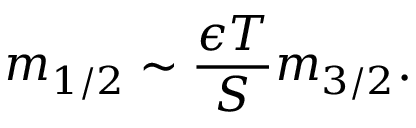
m _ { 1 / 2 } \sim \frac { \epsilon T } { S } m _ { 3 / 2 } .